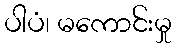
ပါပံ၊ မကောင်းမှု